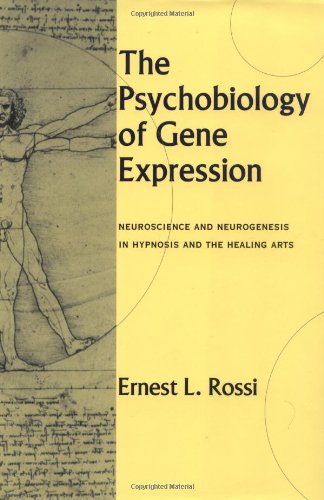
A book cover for The Psychobiology of Gene Expression: Neuroscience and Neurogenesis in Hypnosis and the Healing Arts; Ernest L. Rossi; Medical Books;